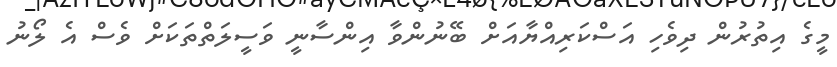
މީގެ އިތުރުން ދިވެހި އަސްކަރިއްޔާއަށް ބޭނުންވާ އިންސާނީ ވަސީލަތްތަކަށް ވެސް އެ ލޯނު